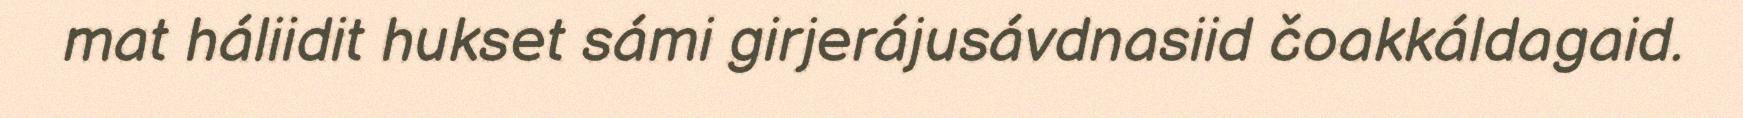
mat háliidit hukset sámi girjerájusávdnasiid čoakkáldagaid.